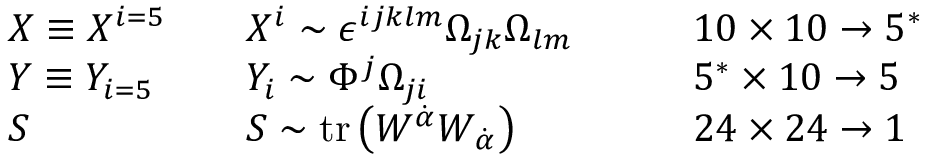
\begin{array} { l l l } { { X \equiv X ^ { i = 5 } \quad } } & { { X ^ { i } \sim \epsilon ^ { i j k l m } \Omega _ { j k } \Omega _ { l m } } } & { { \qquad 1 0 \times 1 0 \rightarrow 5 ^ { * } } } \\ { { Y \equiv Y _ { i = 5 } \quad } } & { { Y _ { i } \sim \Phi ^ { j } \Omega _ { j i } } } & { { \qquad 5 ^ { * } \times 1 0 \rightarrow 5 } } \\ { { S } } & { { S \sim \mathrm { t r } \left( W ^ { \dot { \alpha } } W _ { \dot { \alpha } } \right) } } & { { \qquad 2 4 \times 2 4 \rightarrow 1 } } \end{array}